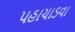
પહાચાડવા